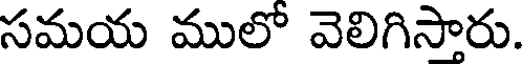
సమయ ములో వెలిగిసారు.